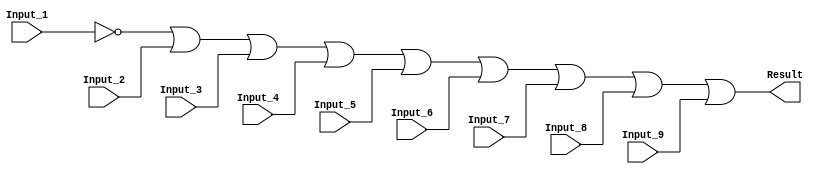
/******************************************************************************
 ** Logisim goes FPGA automatic generated Verilog code                       **
 **                                                                          **
 ** Component : OR_GATE_9_INPUTS                                             **
 **                                                                          **
 ******************************************************************************/

`timescale 1ns/1ps
module OR_GATE_9_INPUTS( Input_1,
                         Input_2,
                         Input_3,
                         Input_4,
                         Input_5,
                         Input_6,
                         Input_7,
                         Input_8,
                         Input_9,
                         Result);

   /***************************************************************************
    ** Here all module parameters are defined with a dummy value             **
    ***************************************************************************/
   parameter BubblesMask = 1;


   /***************************************************************************
    ** Here the inputs are defined                                           **
    ***************************************************************************/
   input  Input_1;
   input  Input_2;
   input  Input_3;
   input  Input_4;
   input  Input_5;
   input  Input_6;
   input  Input_7;
   input  Input_8;
   input  Input_9;

   /***************************************************************************
    ** Here the outputs are defined                                          **
    ***************************************************************************/
   output Result;

   /***************************************************************************
    ** Here the internal wires are defined                                   **
    ***************************************************************************/
   wire s_real_input_1;
   wire s_real_input_2;
   wire s_real_input_3;
   wire s_real_input_4;
   wire s_real_input_5;
   wire s_real_input_6;
   wire s_real_input_7;
   wire s_real_input_8;
   wire s_real_input_9;
   wire[8:0] s_signal_invert_mask;


   /***************************************************************************
    ** Here the bubbles are processed                                        **
    ***************************************************************************/
   assign s_signal_invert_mask = BubblesMask;
   assign s_real_input_1 = (s_signal_invert_mask[0]) ? ~Input_1: Input_1;
   assign s_real_input_2 = (s_signal_invert_mask[1]) ? ~Input_2: Input_2;
   assign s_real_input_3 = (s_signal_invert_mask[2]) ? ~Input_3: Input_3;
   assign s_real_input_4 = (s_signal_invert_mask[3]) ? ~Input_4: Input_4;
   assign s_real_input_5 = (s_signal_invert_mask[4]) ? ~Input_5: Input_5;
   assign s_real_input_6 = (s_signal_invert_mask[5]) ? ~Input_6: Input_6;
   assign s_real_input_7 = (s_signal_invert_mask[6]) ? ~Input_7: Input_7;
   assign s_real_input_8 = (s_signal_invert_mask[7]) ? ~Input_8: Input_8;
   assign s_real_input_9 = (s_signal_invert_mask[8]) ? ~Input_9: Input_9;

   /***************************************************************************
    ** Here the functionality is defined                                     **
    ***************************************************************************/
   assign Result = s_real_input_1 |
                   s_real_input_2 |
                   s_real_input_3 |
                   s_real_input_4 |
                   s_real_input_5 |
                   s_real_input_6 |
                   s_real_input_7 |
                   s_real_input_8 |
                   s_real_input_9;


endmodule